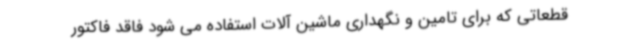
قطعاتی که برای تامین و نگهداری ماشین آلات استفاده می شود فاقد فاکتور